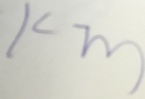
k m